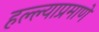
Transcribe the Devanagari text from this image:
हल्ल्याप्रमाणे